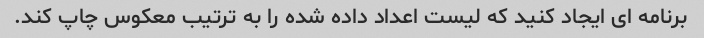
برنامه ای ایجاد کنید که لیست اعداد داده شده را به ترتیب معکوس چاپ کند.